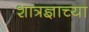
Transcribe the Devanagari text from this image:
शात्रज्ञाच्या